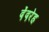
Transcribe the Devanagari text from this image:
देंदरेह